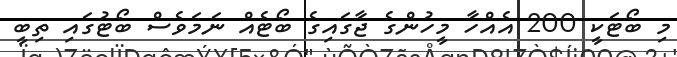
މި ބޯޓަކީ 200 އެއްހާ މީހުންގެ ޖާގައިގެ ބޯޓެއް ނަމަވެސް ބޯޓުގައި ތިބީ